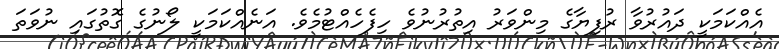
އެއްކަމަކީ ދައުރުވާ ރުފިޔާގެ މިންވަރު އިތުރުނުވެ ހިފެހެއްޓުމެވެ. އަނެއްކަމަކީ ލޯނުގެ ގޮތުގައި ނުވަތަ